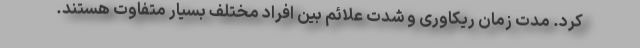
کرد. مدت زمان ریکاوری و شدت علائم بین افراد مختلف بسیار متفاوت هستند.